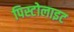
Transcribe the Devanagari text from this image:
पिस्टोलाइट